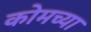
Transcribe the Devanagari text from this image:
कोमच्या